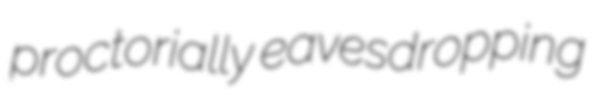
proctorially eavesdropping